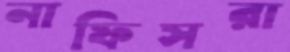
নাফিসরা